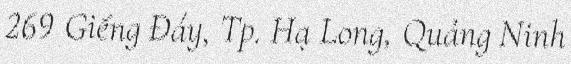
269 Giếng Đáy, Tp. Hạ Long, Quảng Ninh